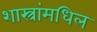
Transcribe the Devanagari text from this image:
शास्त्रांमधिल